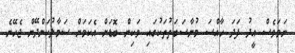
ނަމަވެސް އީދު ފަދަ ހާއްސަ މުނާސަބަތުތަކުގައި ވަކިން ބޮޑަށް އެކަމަށް ސަމާލުކަންދޭން ޖެހޭނެ